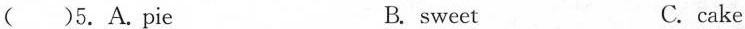
( )5.A.Pie B. sweet C. cake